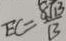
E C = \frac { 8 \sqrt { 1 3 } } { 1 3 }